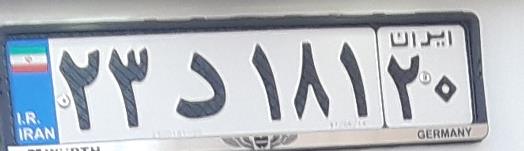
۲۳د۱۸۱۲۰